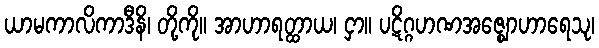
ယာမကာလိကာဒီနိ၊ တို့ကို။ အာဟာရတ္ထာယ၊ ငှာ။ ပဋိဂ္ဂဟဏအဇ္ဈောဟာရေသု၊